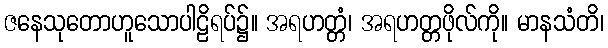
ဇနေသုတောဟူသောပါဠိရပ်၌။ အရဟတ္တံ၊ အရဟတ္တဖိုလ်ကို။ မာနသံတိ၊